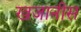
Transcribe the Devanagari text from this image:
खजानीस